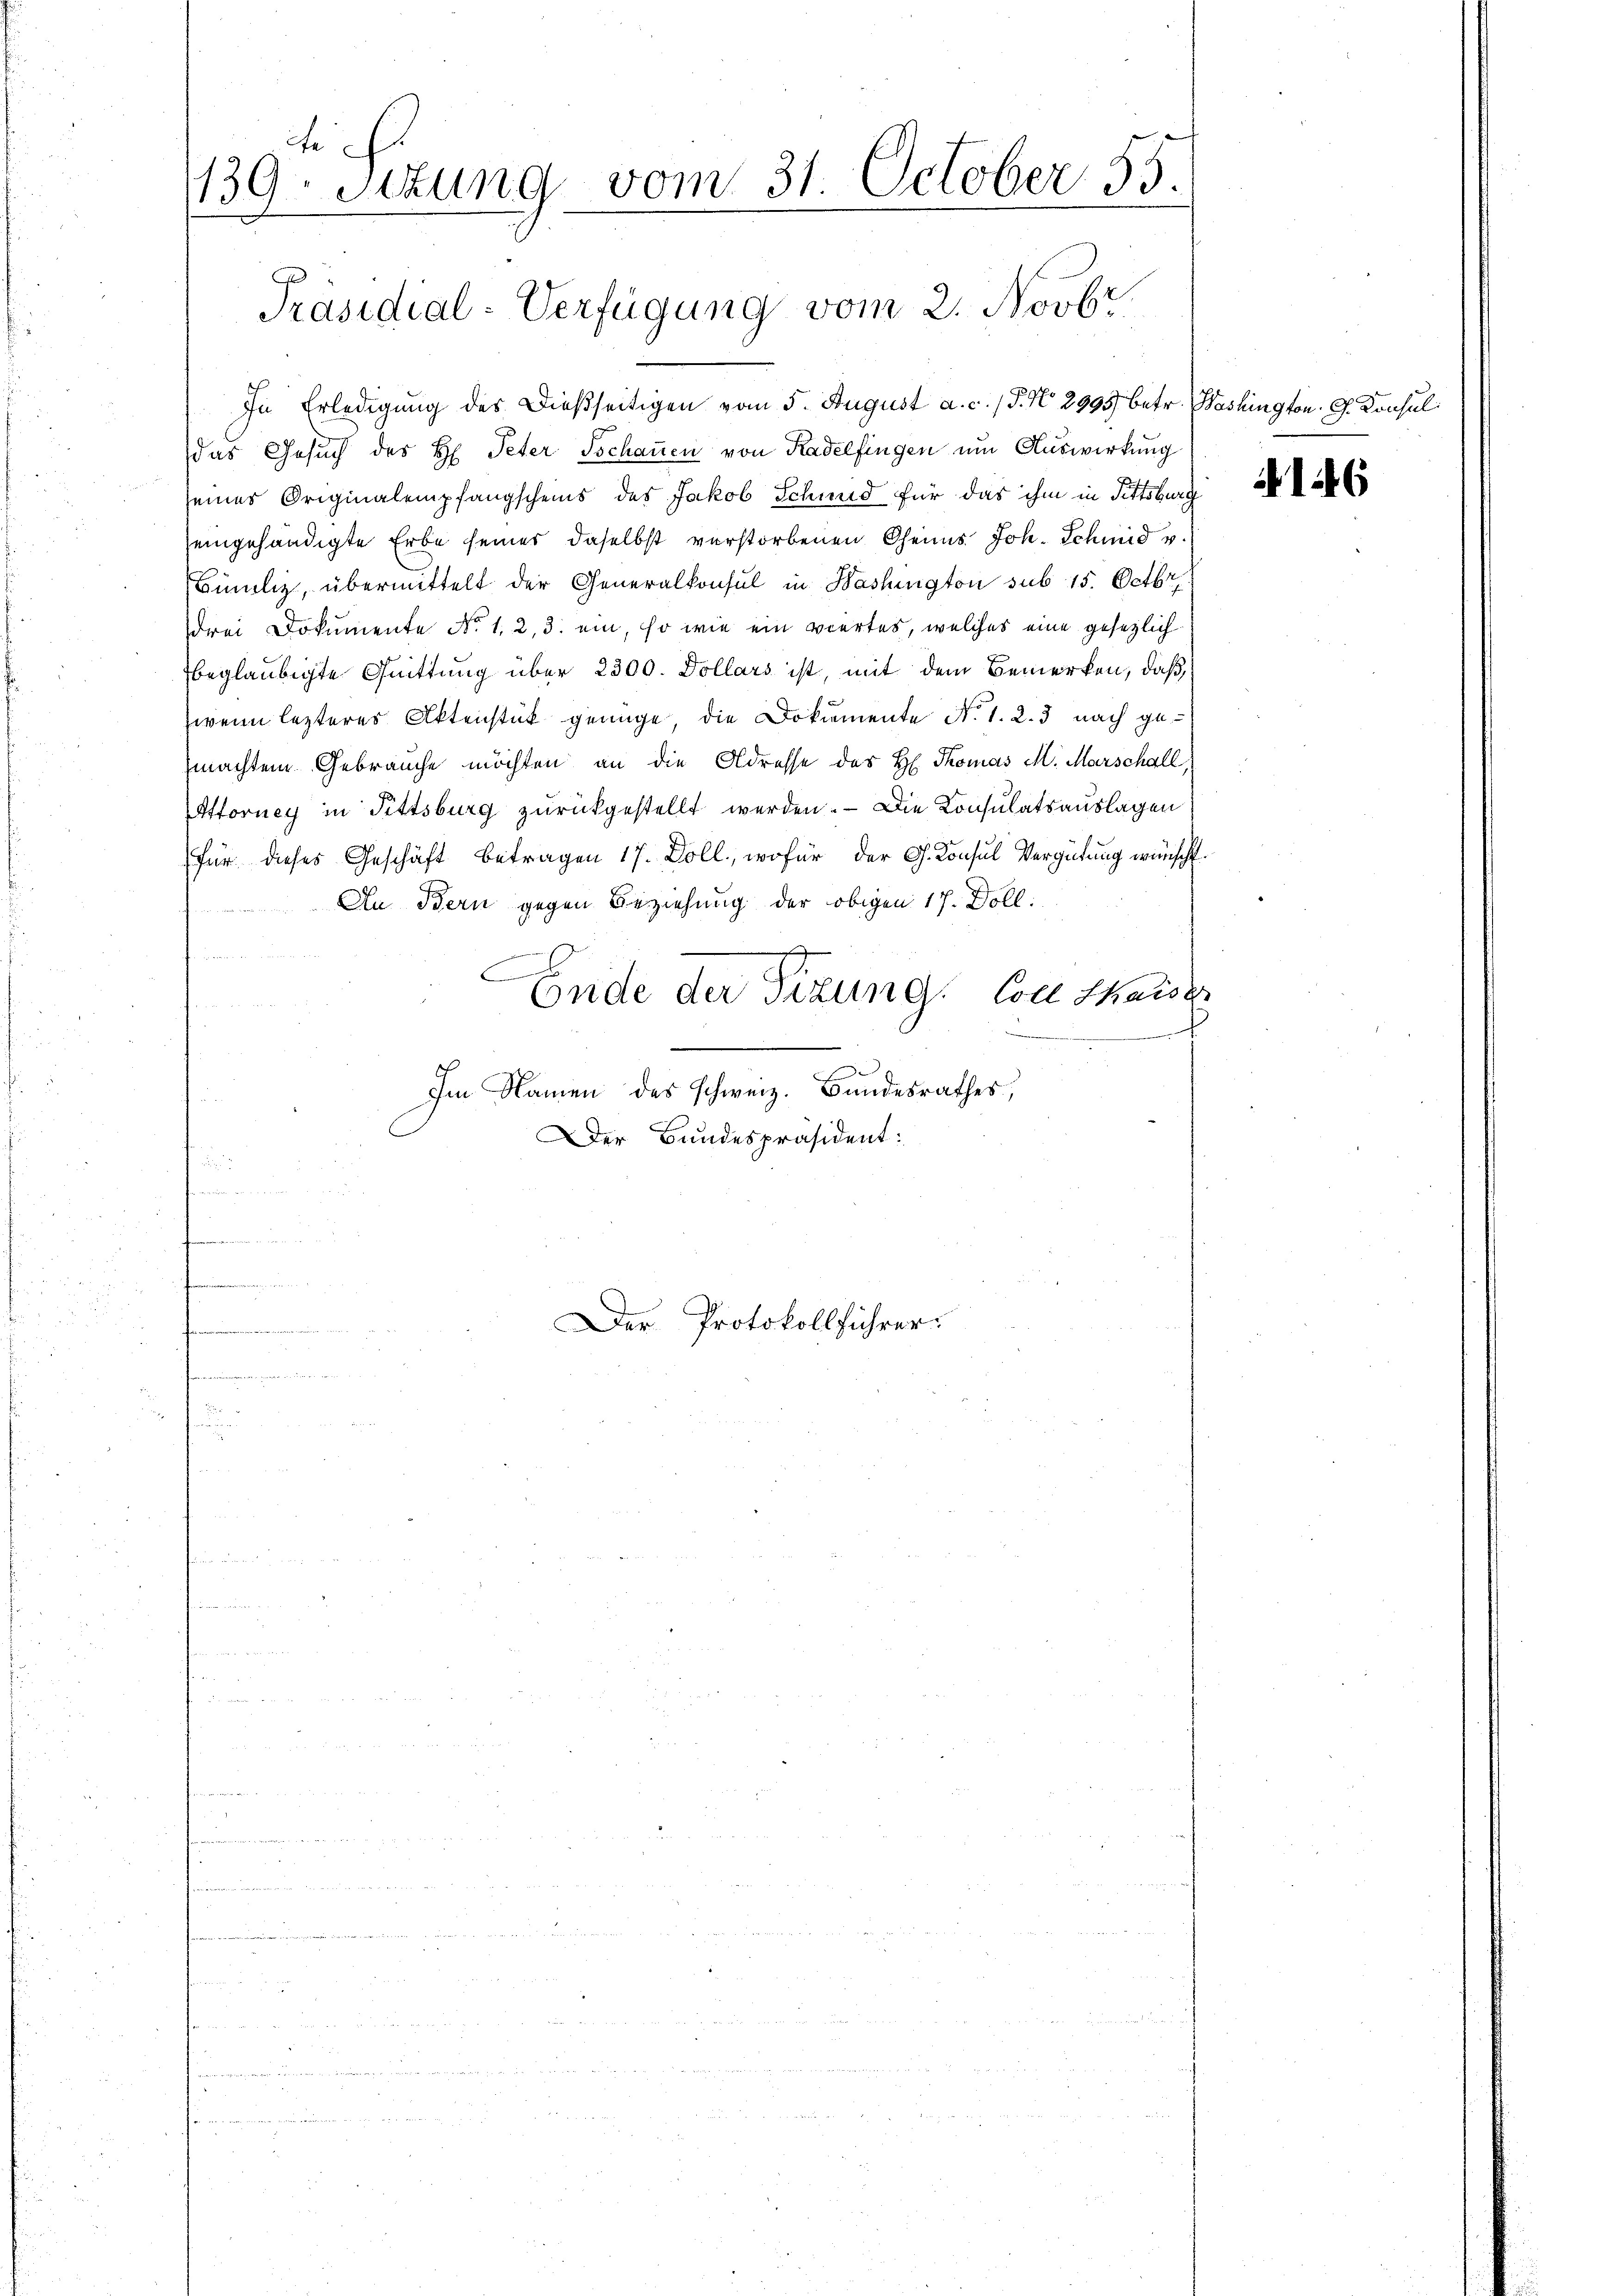
te
139. Situng vom 31. October 55.
Präsidial-Verfügung vom 2. Novbr.

In Erledigung des Dießseitigen vom 5. August a. c. / 5. No. 2995 betr. Washington. G. Konsul
das Gesuch des H. Peter Schauen von Radelfingen um Auswirkung
seines Originalempfangscheins des Jakob Schmid für das ihm in Tittsburg
eingehändigte Erbe seiner daselbst verstorbenen Oheims Joh. Schmid v.
Bünliz, übermittelt der Generalkonsul in Washington sub 15. Octbr.
drei Dokumente No 1, 2, 3. ein, so wie ein viertes, welches eine gesezlich
beglaubigte Quittung über 2300. Dollars ist, mit dem Bemerken, daß
wenn lezteres Aktenstück genüge, die Dokumente No. 1. 2. 3 nach gemachtem Gebrauche möchten an die Adresse des H. Thomas M. Marschall,
Attorney in Fittsburg zurückgestellt werden. — Die Consulatsauslagen
für dieses Geschäft betragen 17. Doll, wofür der G. Konsul Vergütung wünscht.
An Bern gegen Beziehung der obigen 17. Doll:
n
6
C
Ende der Sizung. Colle Chaiser
Im Namen des schweiz. Bundesrathes,
Der Bundespräsident:

Der Protokollführer

146